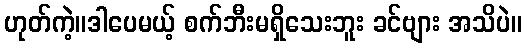
ဟုတ်ကဲ့။ဒါပေမယ့် စက်ဘီးမရှိသေးဘူး ခင်ဗျား အသိပဲ။